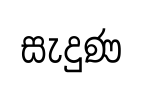
සැදුණ